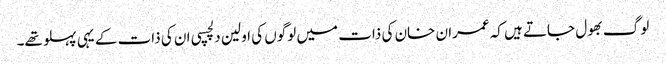
لوگ بھول جاتے ہیں کہ عمران خان کی ذات میں لوگوں کی اولین دلچسپی ان کی ذات کے یہی پہلو تھے۔